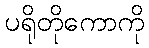
ပရိုတိုကောကို